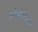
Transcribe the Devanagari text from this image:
अरोनोवित्ज़